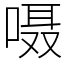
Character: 嗫